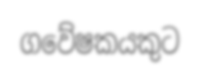
ගවේෂකයකුට